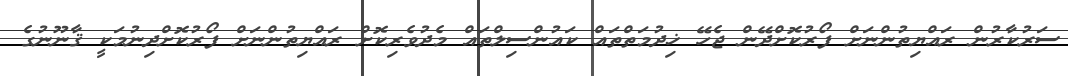
ސަރުކާރުން ރައްޔިތުންނަށް ފޯރުކޮށްދޭން ޖެހޭ ޚިދުމަތްތައް ކައުންސިލްތައް މެދުވެރިކޮށް ރައްޔިތުންނަށް ފޯރުކޮށްދިނުމަކީ ޤާނޫނުގެ